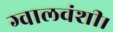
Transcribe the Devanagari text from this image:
ग्वालवंशी।